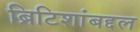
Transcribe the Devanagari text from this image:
ब्रिटिशांबद्दल